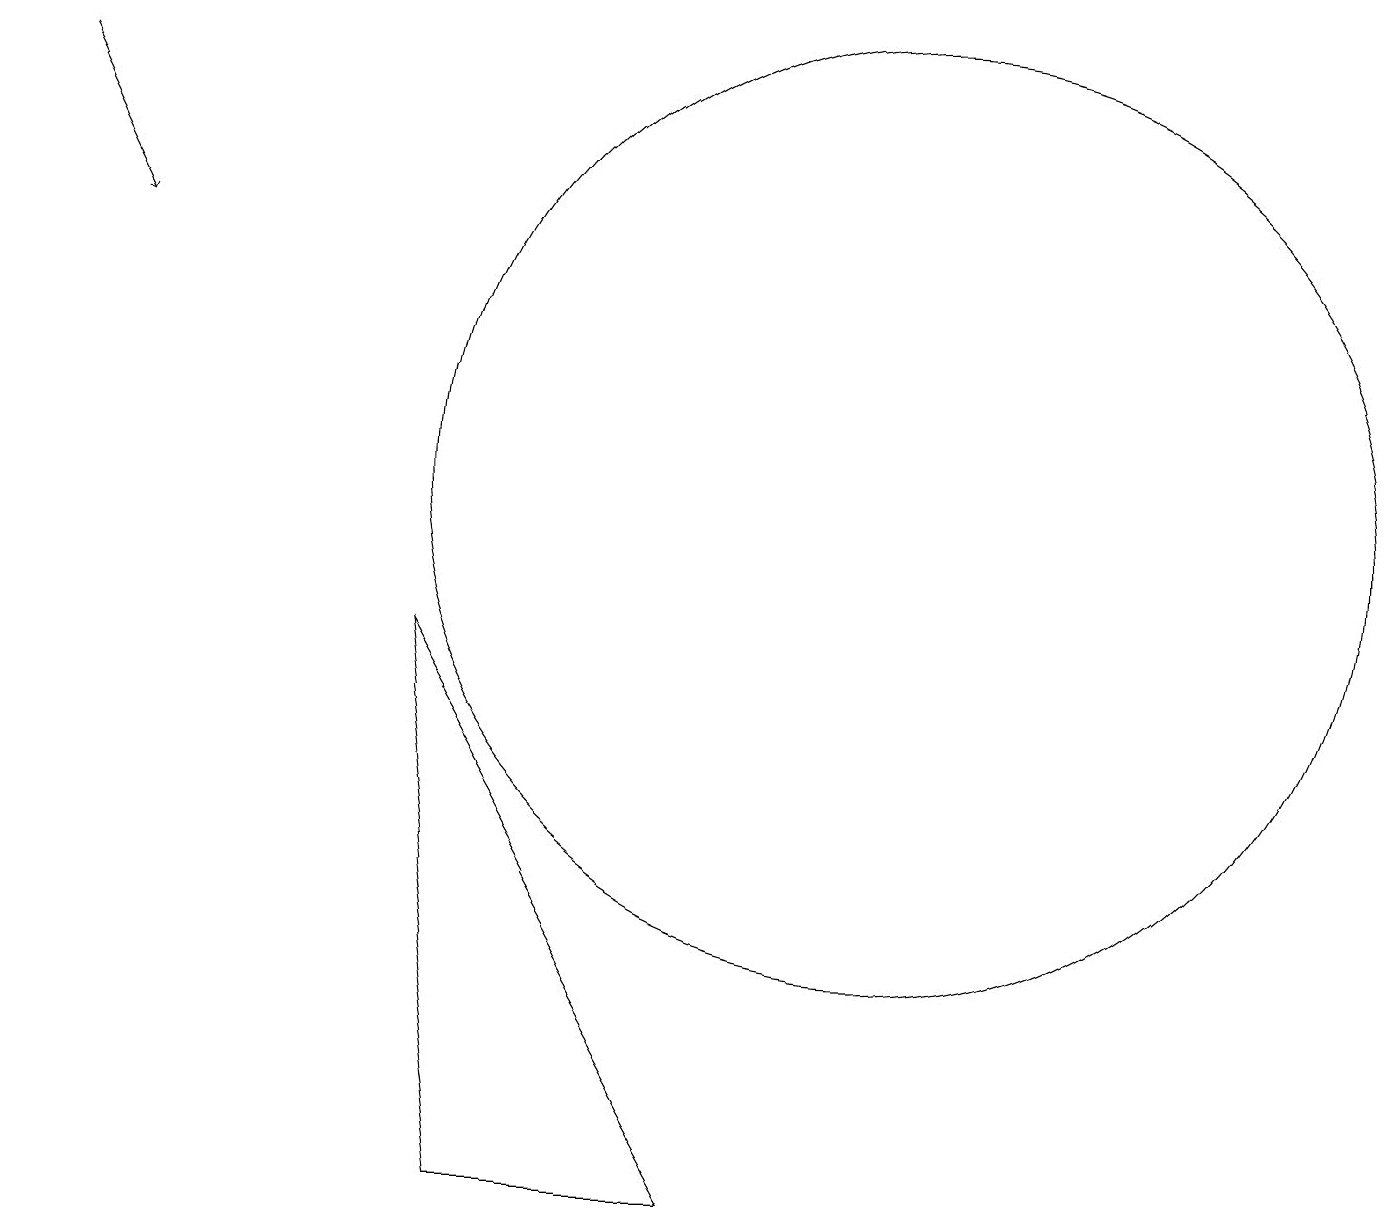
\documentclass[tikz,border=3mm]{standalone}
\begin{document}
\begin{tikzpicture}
\draw (6,1) -- (9,1) -- (5,8) -- cycle;
\draw (11,10) circle (6);
\draw[->] (0,15) -- (1,13);
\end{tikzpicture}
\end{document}